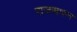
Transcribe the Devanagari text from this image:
राजसथान